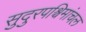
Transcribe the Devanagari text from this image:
सुदुरपश्चिमांचल